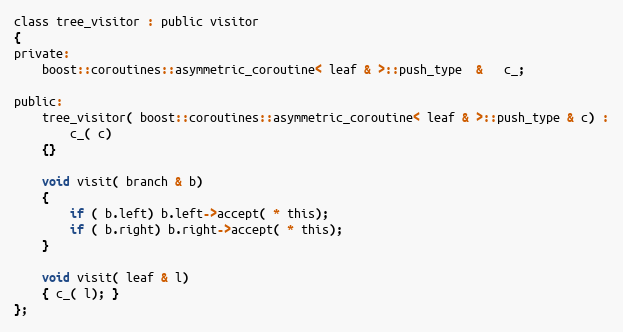
Language: C
class tree_visitor : public visitor
{
private:
    boost::coroutines::asymmetric_coroutine< leaf & >::push_type  &   c_;

public:
    tree_visitor( boost::coroutines::asymmetric_coroutine< leaf & >::push_type & c) :
        c_( c)
    {}

    void visit( branch & b)
    {
        if ( b.left) b.left->accept( * this);
        if ( b.right) b.right->accept( * this);
    }

    void visit( leaf & l)
    { c_( l); }
};